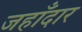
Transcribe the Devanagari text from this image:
जहाँदार